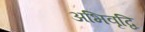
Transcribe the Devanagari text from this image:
अभिवृद्वि